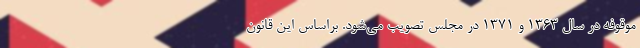
موقوفه در سال ۱۳۶۳ و ۱۳۷۱ در مجلس تصویب می‌شود. براساس این قانون